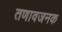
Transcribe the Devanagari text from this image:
तणावजनक